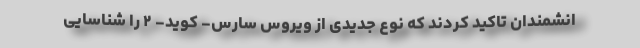
انشمندان تاکید کردند که نوع جدیدی از ویروس سارس- کوید- ۲ را شناسایی